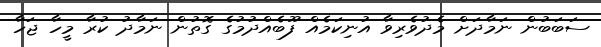
ސަބަބުން ނަމާދަށް މެދުވެރިވާ އުނިކަމެއް ފޫބެއްދުމުގެ ގޮތުން ނަމާދު ކުރާ މީހާ ޖަހާ